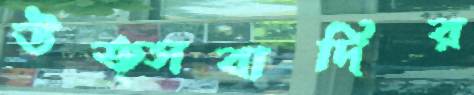
উত্সবাদির